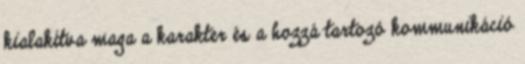
kialakítva maga a karakter és a hozzá tartozó kommunikáció